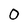
Character: O